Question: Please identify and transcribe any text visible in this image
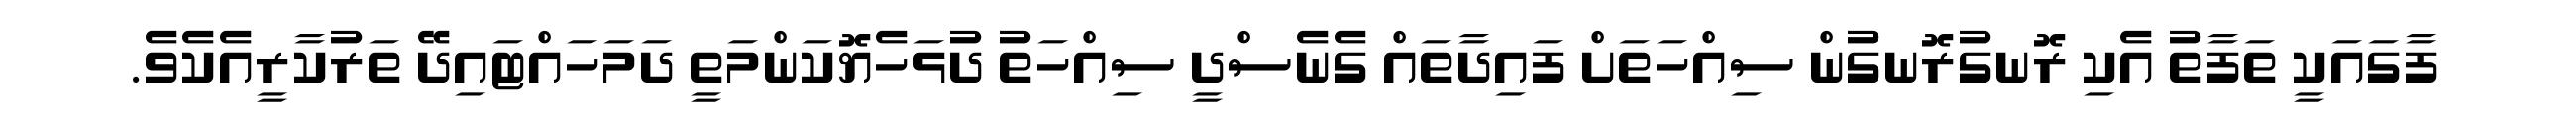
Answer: ފާގައަކީ ތަފާތު އެކި ރޮނގުރޮނގުން ސިއްހަތަށް ފައިދާތައް ގެނެސްދީ ސިއްހަތު ދުޅަހެޔޮކަންމަތީ ދަމަހައްޓައިދޭ ތަރުކާރީއެކެވެ.